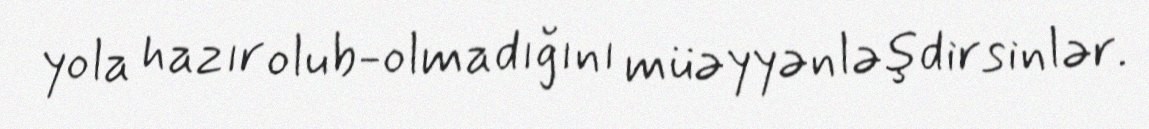
yola hazır olub-olmadığını müəyyənləşdirsinlər.